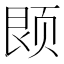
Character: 𫖱